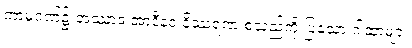
ကာမဂုဏ်၌ အဿာဒ အာဒီနဝ နိဿရဏ စသည်ကို ပြသော ဂါထာများ